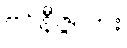
ဗင်နီဇွဲလား